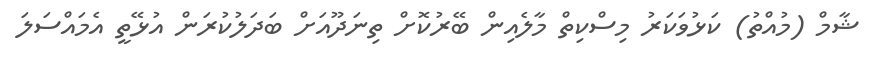
ޝާމް (މުއްތު) ކަޅުވަކަރު މިސްކިތް މާލެއިން ބޭރުކޮށް ތިނަދޫއަށް ބަދަލުކުރަން އުޅޭތީ އެމައްސަލަ